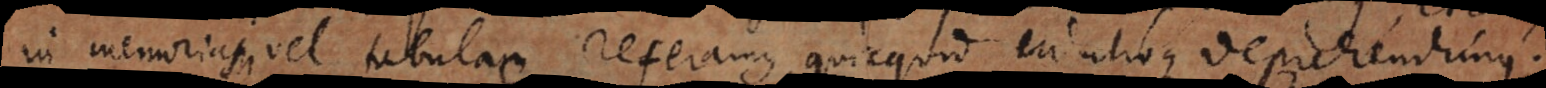
in memoriam vel tabulam referamus, quicquid in utroque deprehendimus.